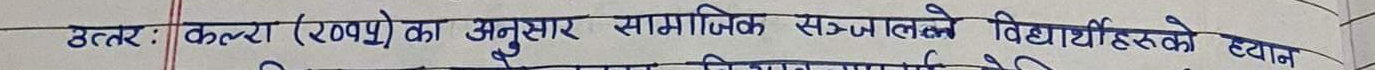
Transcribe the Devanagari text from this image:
उत्तरः कल्टा (रुपय) का अनुसार सामाजिक सञ्जालले विधार्थीहरूको ध्यान